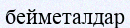
бейметалдар